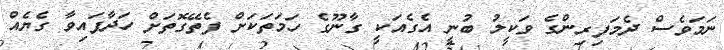
ނަމަވެސް ދެމަފިރިންގެ ވަކީލު ބުނީ އެގެއަކީ ގާނޫގެ ހަމަތަކަށް ފެތޭގޮތަށް ހަދާފައިވާ ގެޔެއް